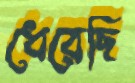
ধেরেছি